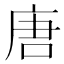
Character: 唐